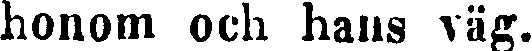
honom och hans väg.